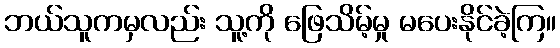
ဘယ်သူကမှလည်း သူ့ကို ဖြေသိမ့်မှု မပေးနိုင်ခဲ့ကြ။